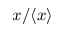
x / \langle x \rangle